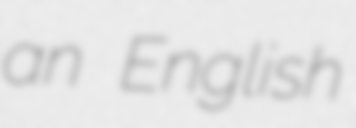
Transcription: an English